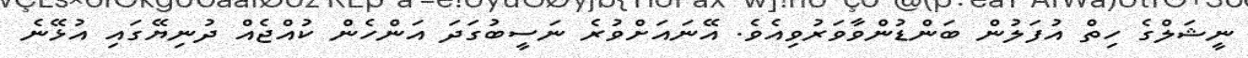
ނީޝަލްގެ ހިތް އުފަލުން ބަންޑުންވާވަރުވިއެވެ. އޭނައަށްވުރެ ނަސީބުގަދަ އަންހެން ކުއްޖެއް ދުނިޔޭގައި އުޅޭނެ